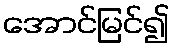
အောင်မြင်၍